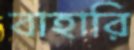
বাহারি